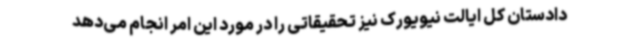
دادستان کل ایالت نیویورک نیز تحقیقاتی را در مورد این امر انجام می‌دهد